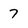
Character: 7